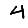
Digit: 4